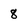
Character: 8